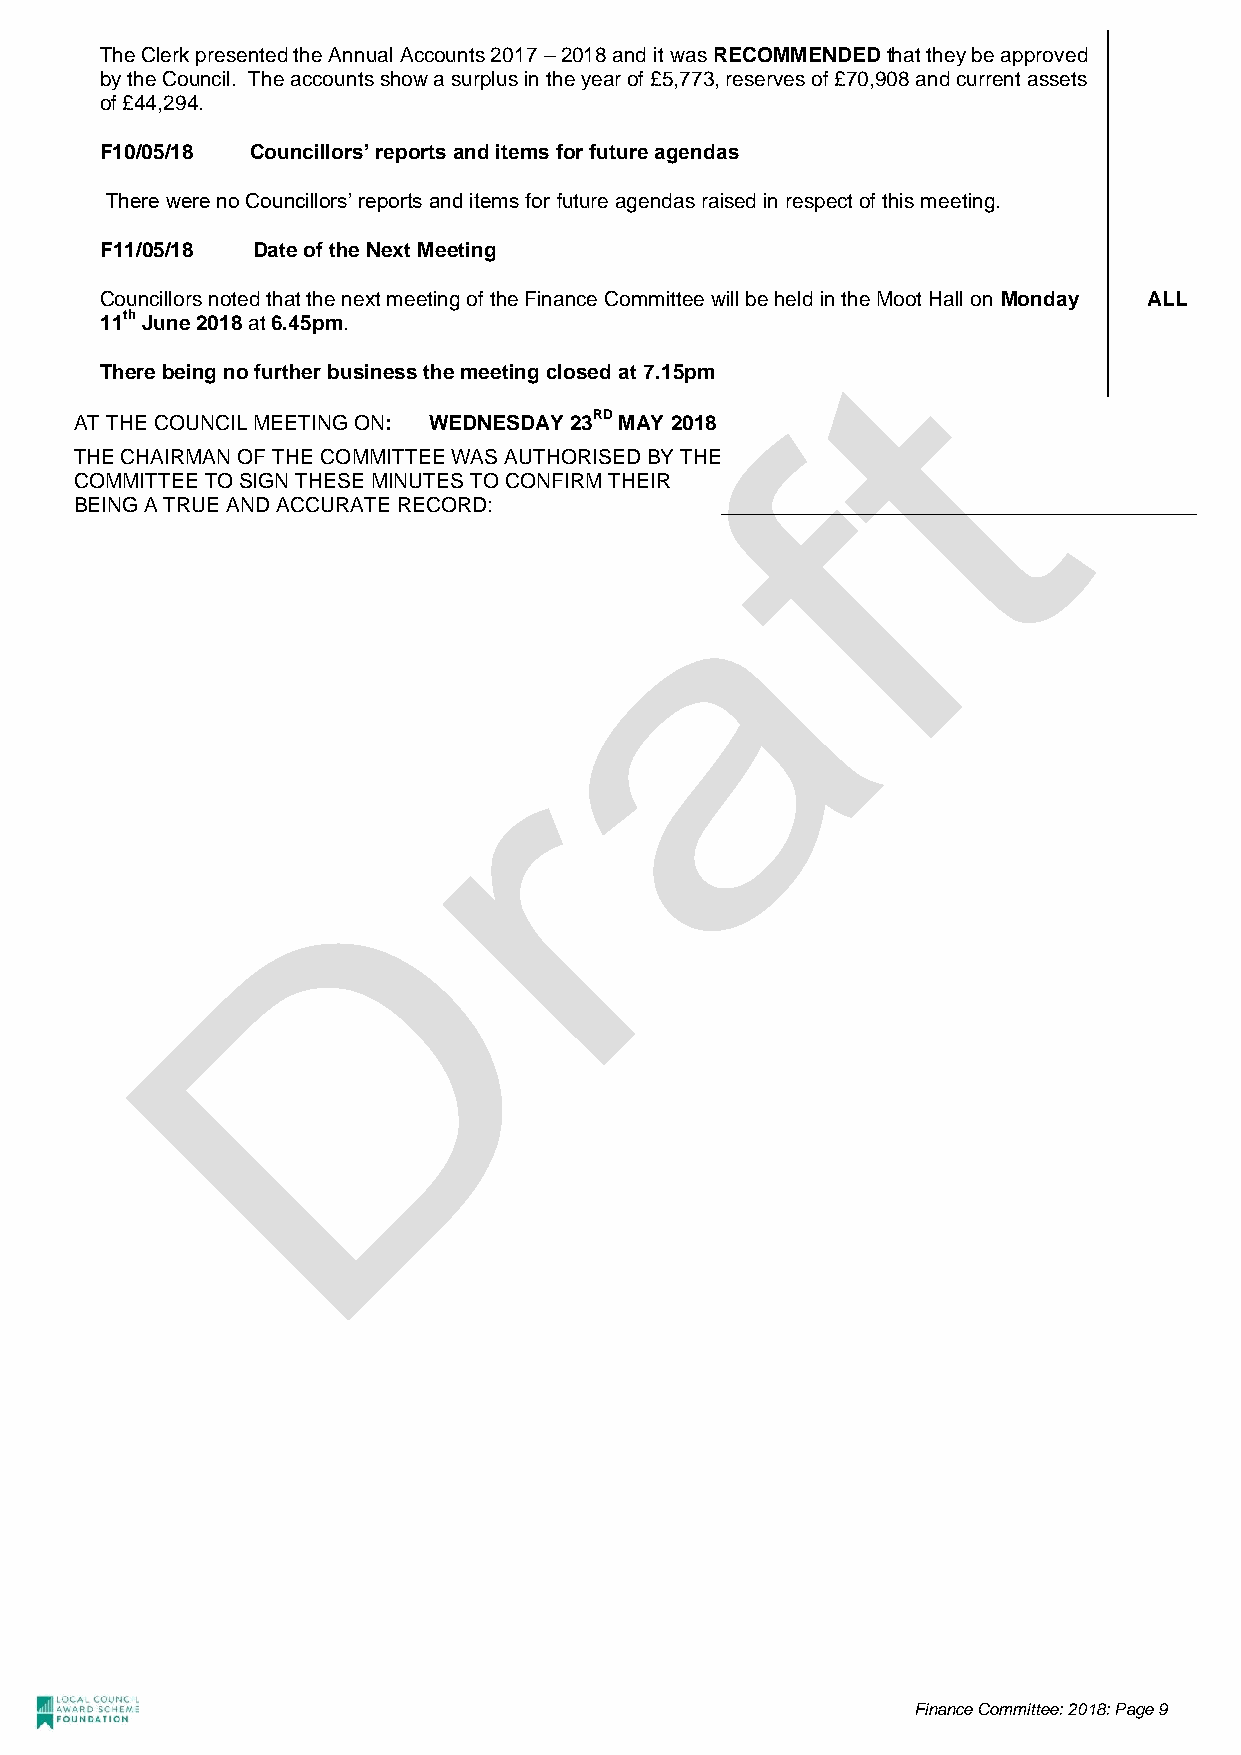
The Clerk presented the Annual Accounts 2017 – 2018 and it was RECOMMENDED that they be approved
 by the Council. The accounts show a surplus in the year of £5,773, reserves of £70,908 and current assets
 of £44,294.
 F10/05/18 Councillors’ reports and items for future agendas
 There were no Councillors’ reports and items for future agendas raised in respect of this meeting.
 F11/05/18 Date of the Next Meeting
 Councillors noted that the next meeting of the Finance Committee will be held in the Moot Hall on Monday ALL
 11th June 2018 at 6.45pm.
 There being no further business the meeting closed at 7.15pm
 AT THE COUNCIL MEETING ON: WEDNESDAY 23RD MAY 2018
 THE CHAIRMAN OF THE COMMITTEE WAS AUTHORISED BY THE
 COMMITTEE TO SIGN THESE MINUTES TO CONFIRM THEIR
 BEING A TRUE AND ACCURATE RECORD:          _________________________________________
 Finance Committee: 2018: Page 9